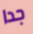
جدا